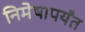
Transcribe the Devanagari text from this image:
निमेषापर्यंत